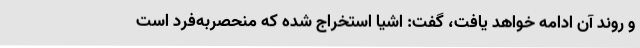
و روند آن ادامه خواهد یافت، گفت: اشیا استخراج شده که منحصربه‌فرد است